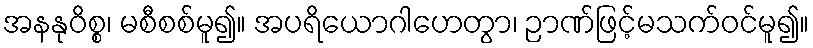
အနနုဝိစ္စ၊ မစီစစ်မူ၍။ အပရိယောဂါဟေတွာ၊ ဉာဏ်ဖြင့်မသက်ဝင်မူ၍။